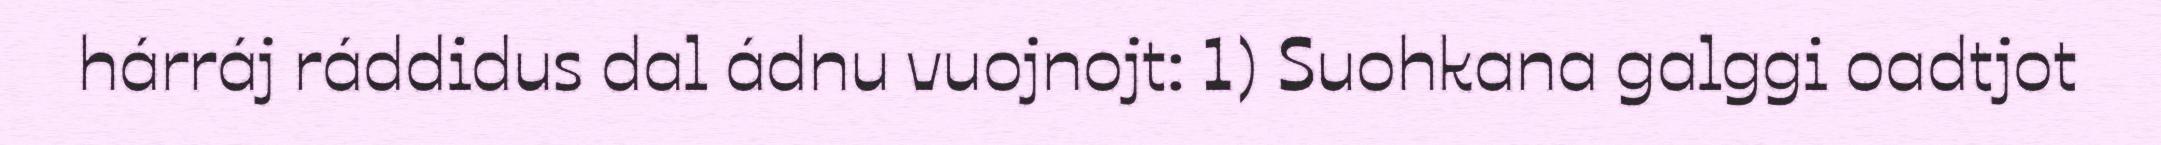
hárráj ráddidus dal ádnu vuojnojt: 1) Suohkana galggi oadtjot